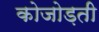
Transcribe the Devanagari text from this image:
कोजोड़ती